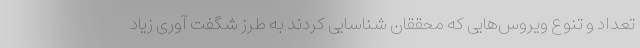
تعداد و تنوع ویروس‌هایی که محققان شناسایی کردند به طرز شگفت آوری زیاد